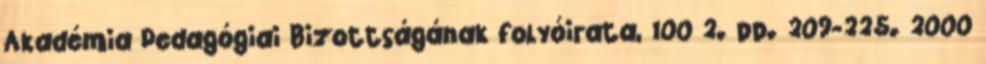
Akadémia Pedagógiai Bizottságának folyóirata, 100 2. pp. 209-225. 2000